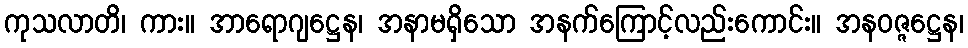
ကုသလာတိ၊ ကား။ အာရောဂျဋ္ဌေန၊ အနာမရှိသော အနက်ကြောင့်လည်းကောင်း။ အနဝဇ္ဇဋ္ဌေန၊